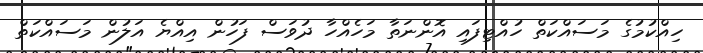
ހިއްކުމުގެ މަސައްކަތް ހުއްޓިފައި އޮންނަތާ މަހެއްހާ ދުވަސް ފަހުން އިއްޔެ އަލުން މަސައްކަތް